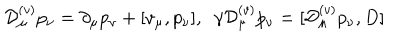
{ \cal D } _ { \mu } ^ { ( v ) } p _ { \nu } = \partial _ { \mu } p _ { \nu } + [ v _ { \mu } , p _ { \nu } ] , \ \ \gamma { \cal D } _ { \mu } ^ { ( v ) } p _ { \nu } = [ { \cal D } _ { \mu } ^ { ( v ) } p _ { \nu } , D ]